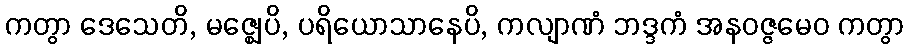
ကတွာ ဒေသေတိ, မဇ္ဈေပိ, ပရိယောသာနေပိ, ကလျာဏံ ဘဒ္ဒကံ အနဝဇ္ဇမေဝ ကတွာ